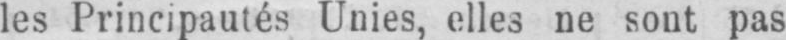
les Principautés Unies, elles ne sont pas